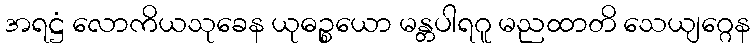
အရဋ္ဌံ လောကိယသုခေန ယုဓဉ္စယော မန္တပါရဂူ မညထာတိ သေယျဂ္ဂေန